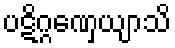
ပဋိဂ္ဂဏှေယျာသိ